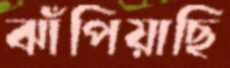
ঝাঁপিয়াছি